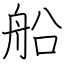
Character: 船